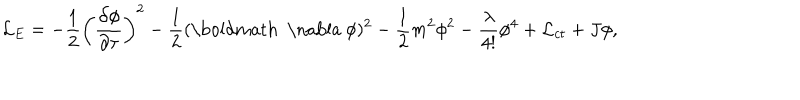
LaTeX: { \cal L } _ { E } = - \frac { 1 } { 2 } \left( \frac { \partial \phi } { \partial \tau } \right) ^ { 2 } - \frac { 1 } { 2 } ( \mathrm { \boldmath ~ \nabla ~ } \phi ) ^ { 2 } - \frac { 1 } { 2 } m ^ { 2 } \phi ^ { 2 } - \frac { \lambda } { 4 ! } \phi ^ { 4 } + { \cal L } _ { c t } + J \phi ,